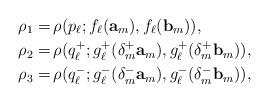
LaTeX: \begin{align*} \rho_1=&\,\rho(p_\ell;f_\ell(\mathbf{a}_m),f_\ell(\mathbf{b}_m)),\\ \rho_2=&\,\rho(q_\ell^+;g_\ell^+(\delta^+_m\mathbf{a}_m),g_\ell^+(\delta^+_m\mathbf{b}_m)),\\\rho_3=&\,\rho(q_\ell^-;g_\ell^-(\delta^-_m\mathbf{a}_m),g_\ell^-(\delta^-_m\mathbf{b}_m)),\end{align*}